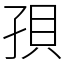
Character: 孭